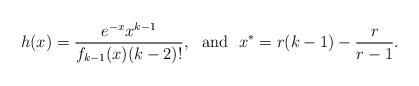
LaTeX: \begin{align*}h(x)=\frac{e^{-x} x^{k-1}}{f_{k-1}(x)(k-2)!}, \ \ \mbox{and}\ \ x^*=r(k-1)-\frac{r}{r-1}.\end{align*}